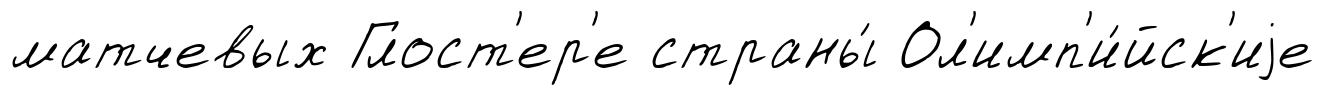
матчевых Глост'ер'е страны́ Ол'имп'и́йск'иjе